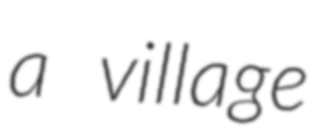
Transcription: a village